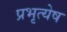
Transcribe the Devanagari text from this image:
प्रभृत्येष